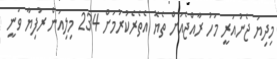
މިދިޔަ ޖެނުއަރީ މަހު ރާއްޖެއަށް ތެޔޮ އެތެރެކުރުމަށް 234 މިލިއަން ރުފިޔާ ވަނީ